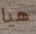
هيا